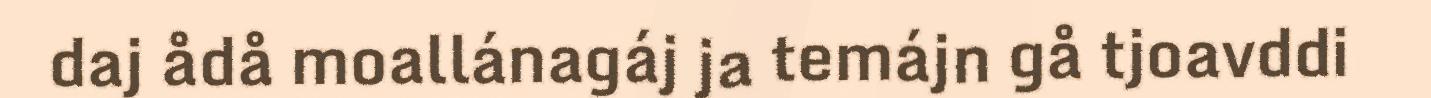
daj ådå moallánagáj ja temájn gå tjoavddi